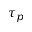
\tau _ { p }